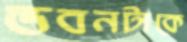
ভবনটাকে